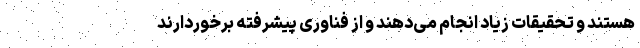
هستند و تحقیقات زیاد انجام می‌دهند و از فناوری پیشرفته برخوردارند